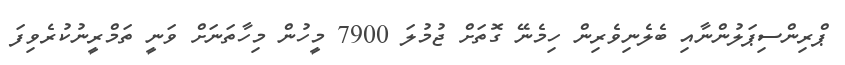
ޕްރިންސިޕަލުންނާއި ބެލެނިވެރިން ހިމެނޭ ގޮތަށް ޖުމުލަ 7900 މީހުން މިހާތަނަށް ވަނީ ތަމްރީނުކުރެވިފަ